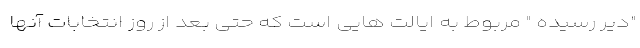
"دیر رسیده " مربوط به ایالت هایی است که حتی بعد از روز انتخابات آنها